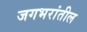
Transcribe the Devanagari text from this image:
जगभरांतील